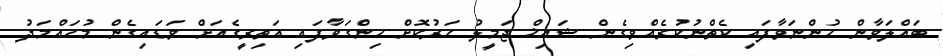
ބައްލަވާން ހުންނަވާފައި ކެތްނުކުރެއްވިގެން ޝައިޚް ޖަމީލު ހަރުކޮށް ހިންގަވާފައި އަތިރީގެއަށް ވަޑައިގެން މުހައްމަދު